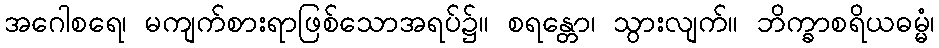
အဂေါစရေ၊ မကျက်စားရာဖြစ်သောအရပ်၌။ စရန္တော၊ သွားလျက်။ ဘိက္ခာစရိယဓမ္မံ၊